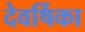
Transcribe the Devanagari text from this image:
देवर्षिका